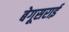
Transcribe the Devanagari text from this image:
बेगूसराई